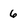
Character: 6